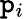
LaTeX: \mathtt{p}_{i}